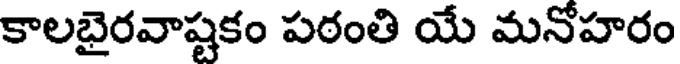
కాలభైరవాష్టకం పఠంతి యే మనోహరం